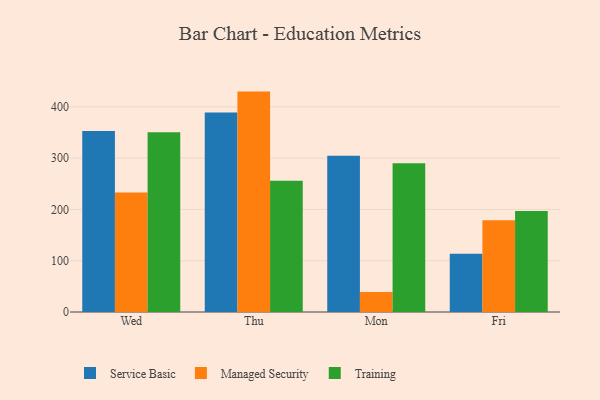
{"axis": {"x": "Day", "y": "Revenue (USD Million)"}, "legend": ["Managed Security", "Service Basic", "Training"], "data": [{"x": "Wed", "y": 352.8, "type": "Service Basic"}, {"x": "Wed", "y": 233.0, "type": "Managed Security"}, {"x": "Wed", "y": 350.5, "type": "Training"}, {"x": "Thu", "y": 388.9, "type": "Service Basic"}, {"x": "Thu", "y": 429.7, "type": "Managed Security"}, {"x": "Thu", "y": 255.8, "type": "Training"}, {"x": "Mon", "y": 304.7, "type": "Service Basic"}, {"x": "Mon", "y": 39.2, "type": "Managed Security"}, {"x": "Mon", "y": 289.9, "type": "Training"}, {"x": "Fri", "y": 113.5, "type": "Service Basic"}, {"x": "Fri", "y": 179.1, "type": "Managed Security"}, {"x": "Fri", "y": 196.7, "type": "Training"}]}